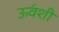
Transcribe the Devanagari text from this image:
ऊव॔शी